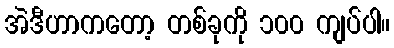
အဲဒီဟာကတော့ တစ်ခုကို ၁၀၀ ကျပ်ပါ။